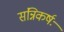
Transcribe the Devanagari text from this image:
संन्निकर्षः